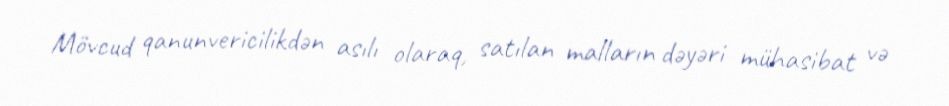
Mövcud qanunvericilikdən asılı olaraq, satılan malların dəyəri mühasibat və